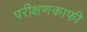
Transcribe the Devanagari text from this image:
परीक्षणकाफी